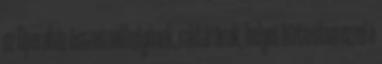
az Operaház összes műhelyének, raktárának, helyet biztosítva ezzel a